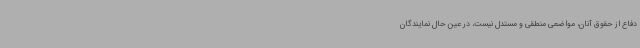
دفاع از حقوق آنان، مواضعی منطقی و مستدل نیست، در عین حال نمایندگان